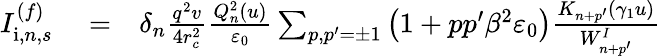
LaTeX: \begin{array}{rlr}{I_{\mathrm{i},n,s}^{(f)}}&{{}=}&{\delta_{n}\frac{q^{2}v}{4r_{c}^{2}}\frac{Q_{n}^{2}(u)}{\varepsilon_{0}}\sum_{p,p^{\prime}=\pm 1}\left(1+pp^{\prime}\beta^{2}\varepsilon_{0}\right)\frac{K_{n+p^{\prime}}(\gamma_{1}u)}{W_{n+p^{\prime}}^{I}}}\end{array}